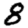
Digit: 8